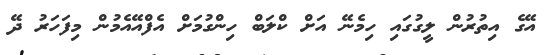
އޭގެ އިތުރުން ލީގުގައި ހިމެނޭ އަށް ކްލަބް ހިންގުމަށް އެފްއޭއެމުން މިފަހަރު ދޭ